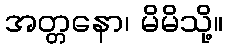
အတ္တနော၊ မိမိသို့။